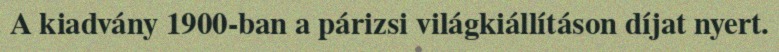
A kiadvány 1900-ban a párizsi világkiállításon díjat nyert.